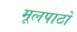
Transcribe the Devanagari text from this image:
मूलपाठों